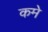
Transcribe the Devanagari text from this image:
कमे